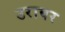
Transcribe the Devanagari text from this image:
उराबर